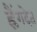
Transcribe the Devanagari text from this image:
ह्लैंगदेत